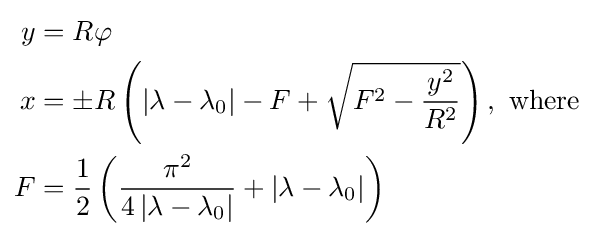
{\begin{aligned}y&=R\varphi \\x&=\pm R\left(\left|\lambda -\lambda _{0}\right|-F+{\sqrt {F^{2}-{\frac {y^{2}}{R^{2}}}}}\right),{\mbox{ where}}\\F&={\frac {1}{2}}\left({\frac {\pi ^{2}}{4\left|\lambda -\lambda _{0}\right|}}+\left|\lambda -\lambda _{0}\right|\right)\end{aligned}}